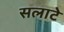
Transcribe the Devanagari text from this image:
सलाटे